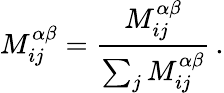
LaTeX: M_{ij}^{\alpha\beta}=\frac{M_{ij}^{\alpha\beta}}{\sum_{j}{M_{ij}^{\alpha\beta}}}\, .